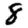
Digit: 8